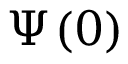
\Psi _ { } { ( 0 ) }